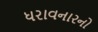
ધરાવનારનો